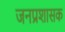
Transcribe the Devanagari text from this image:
जनप्रशासक